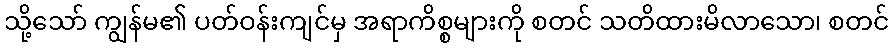
သို့သော် ကျွန်မ၏ ပတ်ဝန်းကျင်မှ အရာကိစ္စများကို စတင် သတိထားမိလာသော၊ စတင်